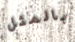
بالمثل